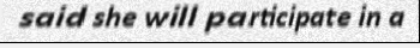
said she will participate in a